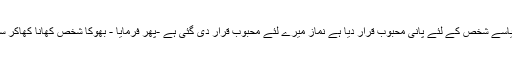
اللہ تعالیٰ نے میر ی آنکھوں کا نورنماز میں قرارد یا ہے اور جس طرح بھوکے شخص کے لئے کھانا اور پیاسے شخص کے لئے پانی محبوب قرار دیا ہے نماز میرے لئے محبوب قرار دی گئی ہے -پھر فرمایا - بھوکا شخص کھانا کھاکر سیر ہوجاتاہے پیاسا شخص پانی پی کر سیراب ہوجاتا ہے لیکن میں نماز پڑھ کے اس سے سیر نہیں ہوتا ہوں ۔